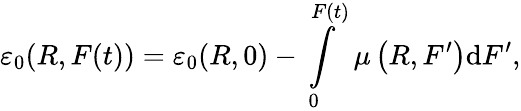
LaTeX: \varepsilon_{0}(R,F(t))=\varepsilon_{0}(R,0)-\intop_{0}^{F\left(t\right)}\mu\left(R,F^{\prime}\right)\mathrm{d}F^{\prime},